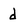
Character: d